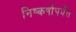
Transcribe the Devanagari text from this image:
निष्कर्षापर्यंत